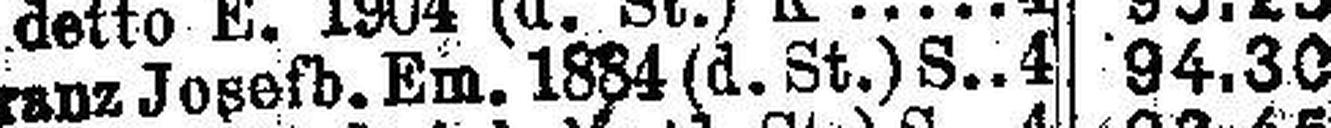
Franz Josefb. Ein. 1884 (d.St.) S. 4